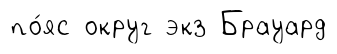
по́яс округ экз Брауард